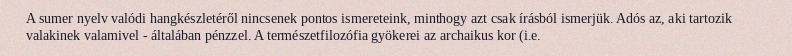
A sumer nyelv valódi hangkészletéről nincsenek pontos ismereteink, minthogy azt csak írásból ismerjük. Adós az, aki tartozik valakinek valamivel - általában pénzzel. A természetfilozófia gyökerei az archaikus kor (i.e.